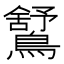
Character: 𪅰